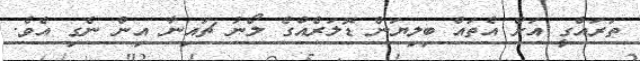
ތަރައްގީ އަށް އެތައް ބިލިޔަން ޑޮލަރެއްގެ ލޯނު ޗައިނާ އިން ނެގި އެވެ.